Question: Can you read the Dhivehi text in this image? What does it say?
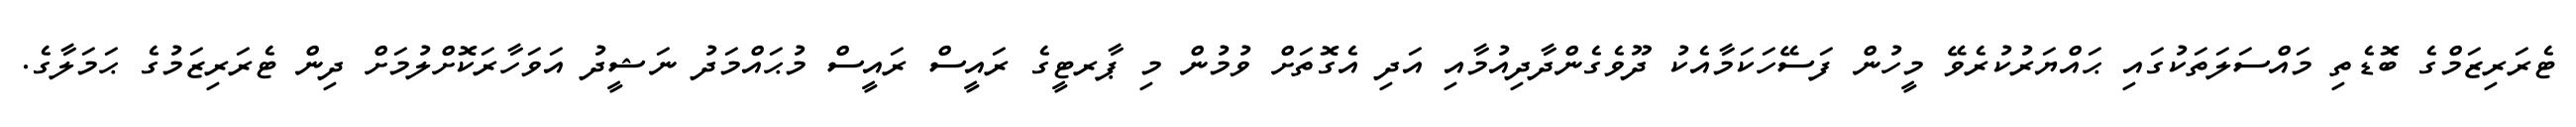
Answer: ޓެރަރިޒަމްގެ ބޮޑެތި މައްސަލަތަކުގައި ޙައްޔަރުކުރެވޭ މީހުން ފަސޭހަކަމާއެކު ދޫވެގެންދާދިއުމާއި އަދި އެގޮތަށް ވުމުން މި ޕާރޓީގެ ރައީސް ރައީސް މުޙައްމަދު ނަޝީދު އަވަހާރަކޮށްލުމަށް ދިން ޓެރަރިޒަމުގެ ޙަމަލާގެ.